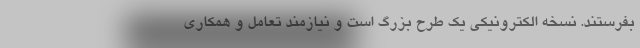
بفرستند. نسخه الکترونیکی یک طرح بزرگ است و نیازمند تعامل و همکاری